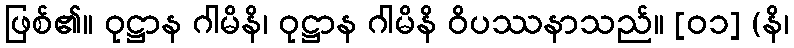
ဖြစ်၏။ ဝုဋ္ဌာန ဂါမိနိ၊ ဝုဋ္ဌာန ဂါမိနိ ဝိပဿနာသည်။ [၀၁] (နိ၊